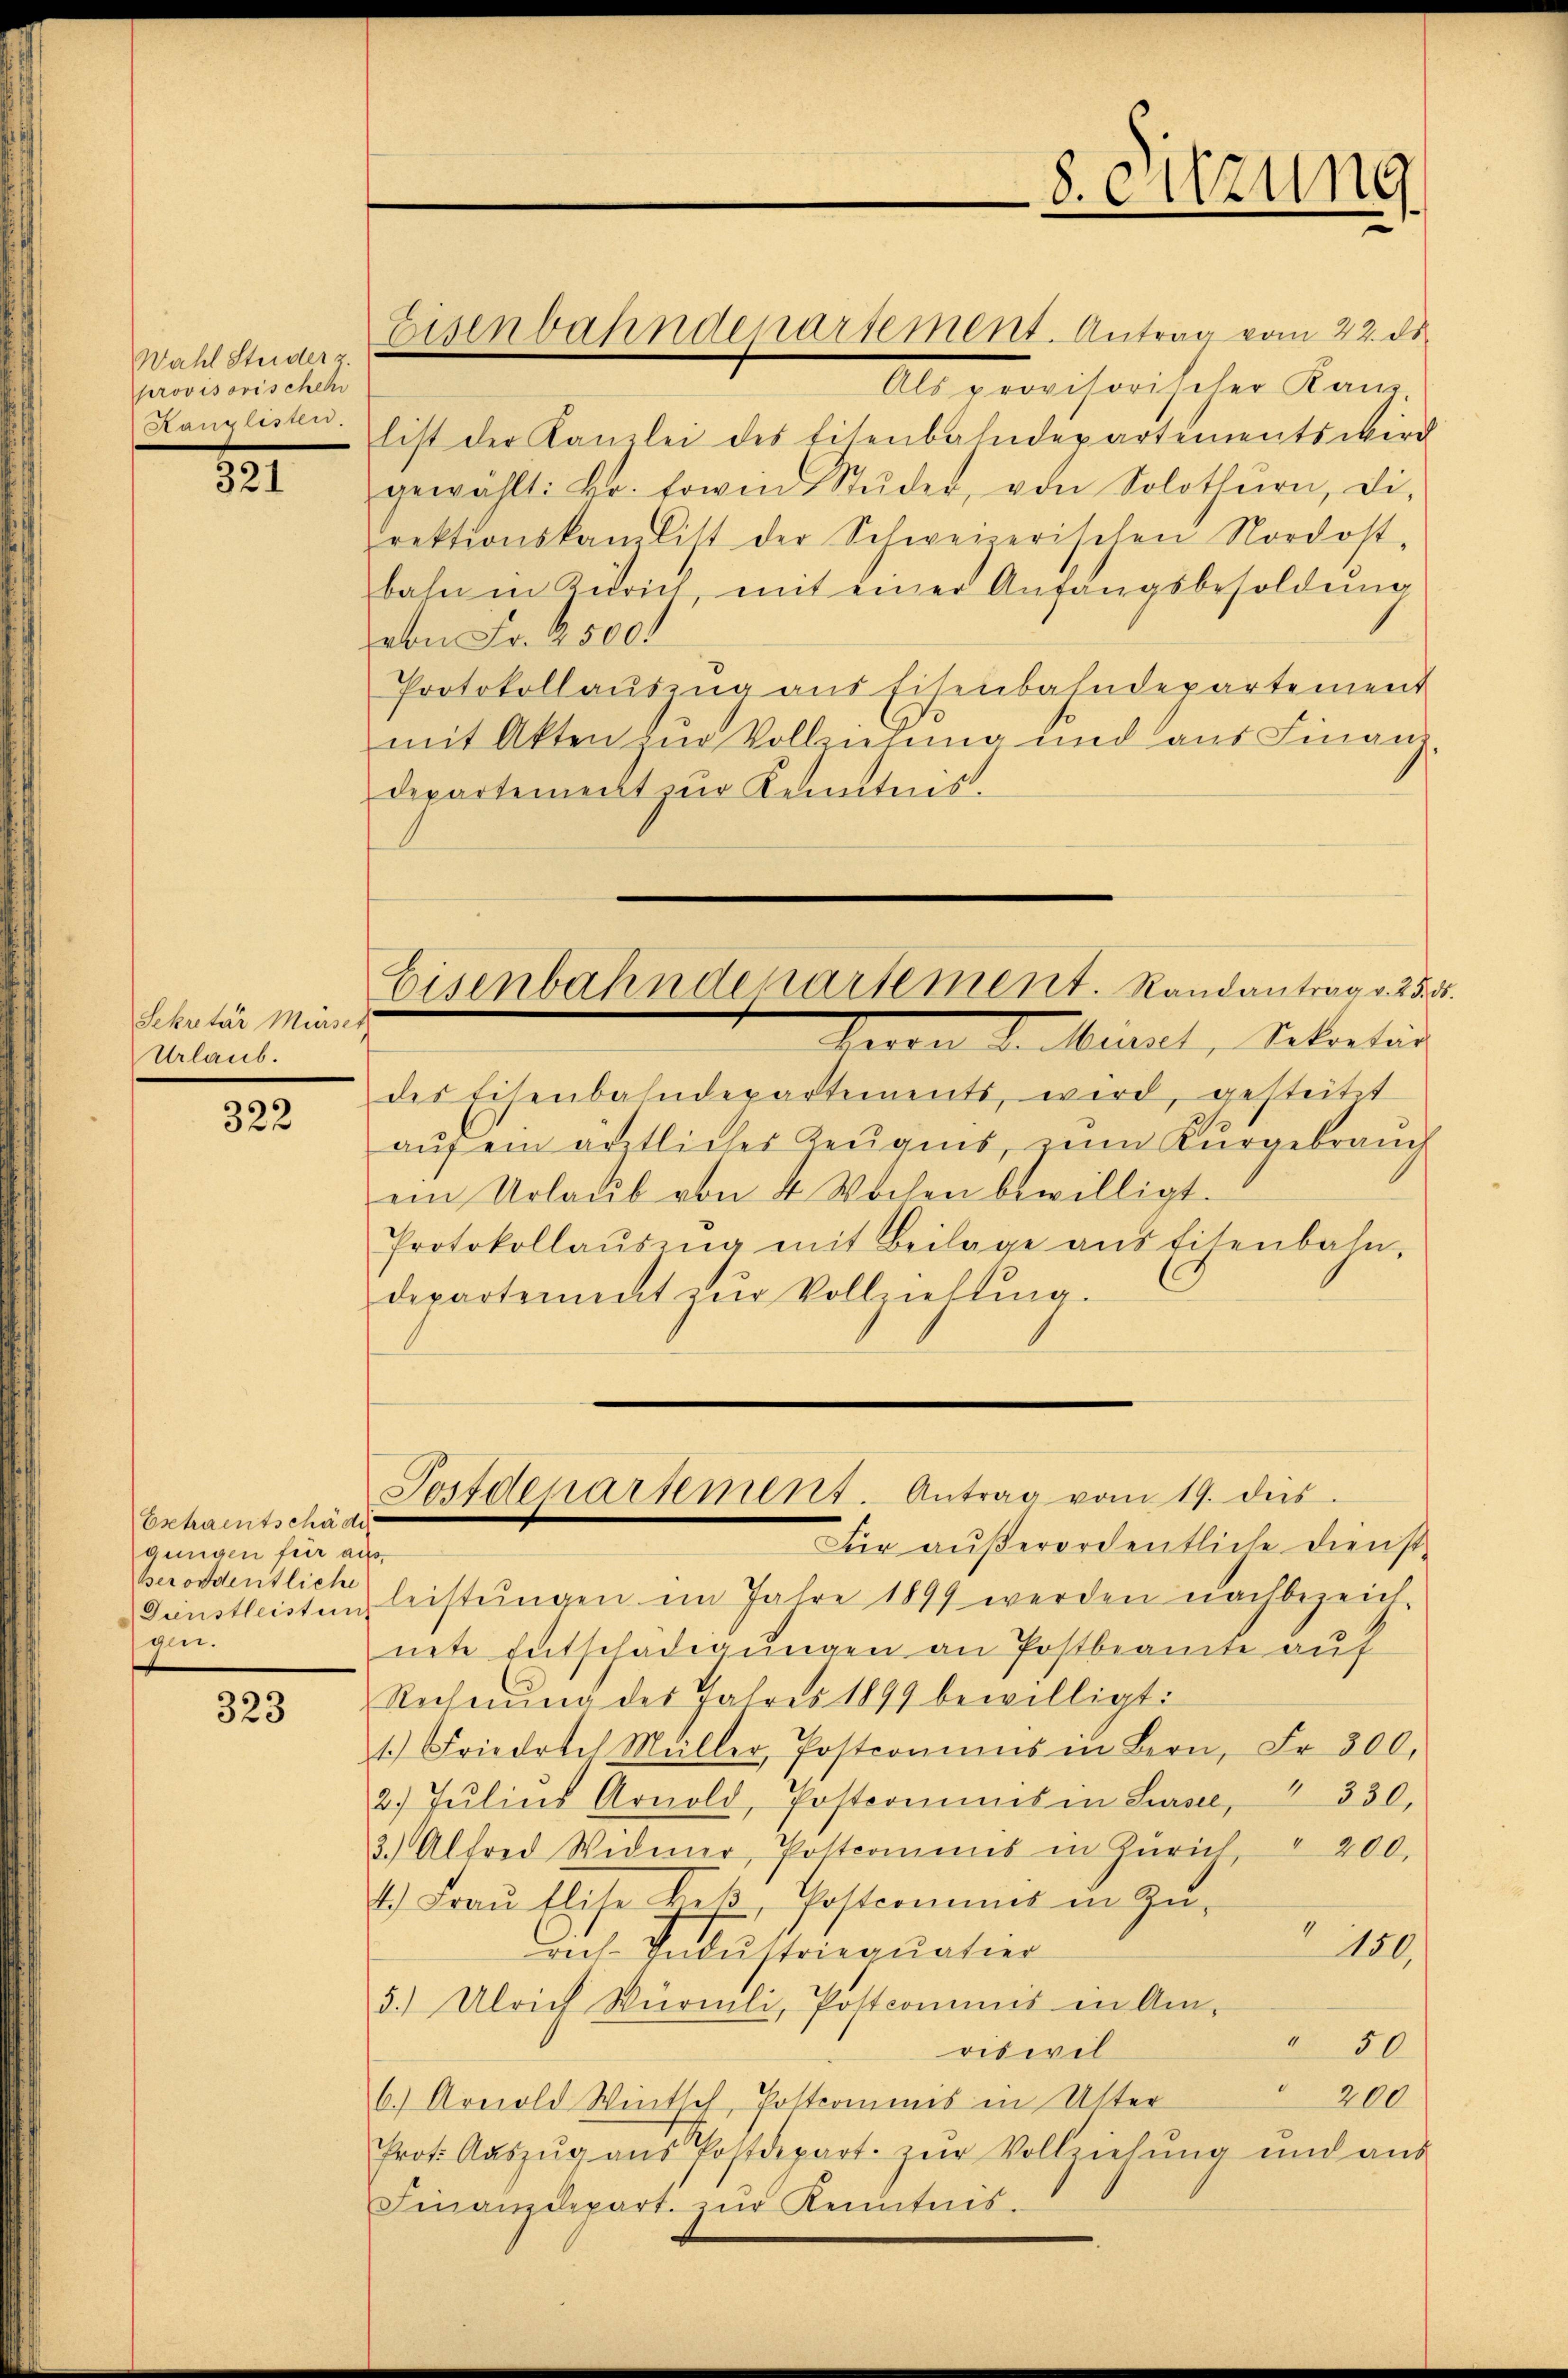
Wahl Steider z.
provisorischeh
Kanzlisten.

321

Sekretär Mürser
Urlaub.

322

323

bschraentschädi
gungen für aus
verordentliche
1

Ils provisorischer Kan
list der Kanzlei des Eisenbahndepartements wird
gewählt: kr. sowie Stŭder, von Solothurn, di
rektionskanzlist der Schweizerischen Nordost,
bahn in Zürich, mit einer Anfangsbesoldŭng
von Fr. R. 500.
Protokollausung aus Eisenbahndepartement
mit Akten zur Vollziehung und aus Finanz-
departement zu Kenntnis.

Eisenbahndepartement. Antrag vom 22. ds.

Eisenbahndepartement. Randantrag v. 25. 55.
Verber d. Merl, Sekreten

des Eisenbahndepartements, wird, gesteitt
aŭf ein ärztliches Zeŭgnis, zum Kŭrgebraŭch
ein Urlaŭb von 4 Wochen bewilligt.
Protokollausung mit Beilage aus Eisenbahn-
departement zŭr Vollziehung.

Fossdeparsement. Antrag vom 19. ds.

8. eitzung

Für außerordentliche Dienst-
Günstleisten leistŭngen im Jahre 1899 werden nachbezeich-
nete Entschädigungen an Postbeamte auf
Rechnŭng des Jahres 1899 bewilligt:
1.) Friedrich Müller, Postcomums in Bern, Fr. 300.
2. Jŭlins Arnold, Postrommes in Sursee, 330,
3.) Alfred Widener, Postcommnis in Zürich " 200.
4.) Fraŭ Elise Heβ, Postcommis in Zŭ-
I
150.
ach Industriequatier
5.) Ulrich Würmli, Postcommis in Am¬
" 50
riswil
200
6.) Arnold Wintsch, Postcommis in Uster
Prot. Aŭszŭg aŭs Postdepart. zŭr Vollziehŭng und aŭs
Finanzdepart zur Kenntnis.